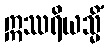
ဣဿရိယသ္မိံ